Supplement to the account of plague administration in the Bombay Presidency from September 1896 till May 1897
Year: 1896
Disease focus: Plague
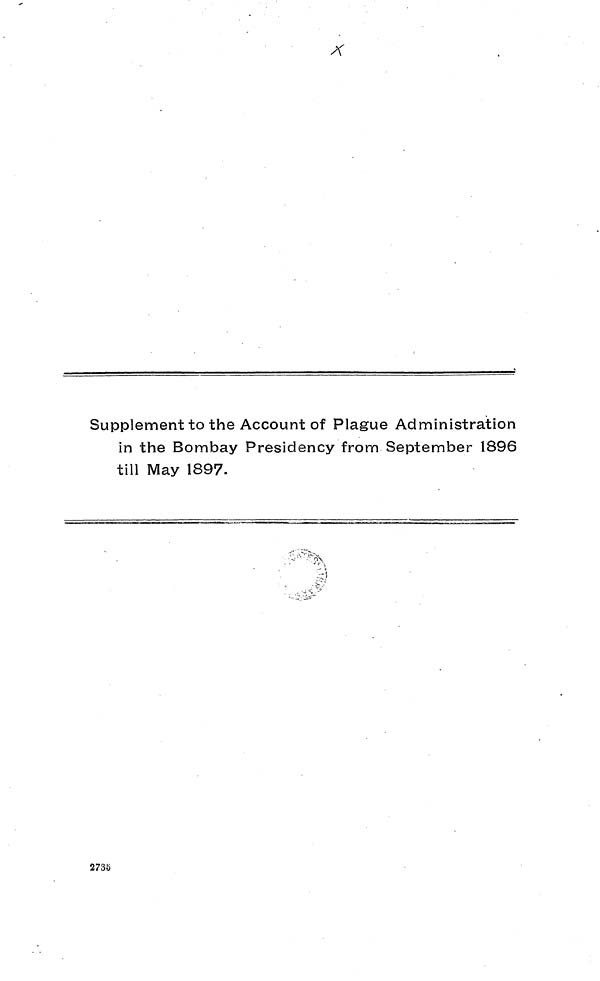
Supplement to the Account of Plague Administration
in the Bombay Presidency from September 1896
till May 1897.
2735